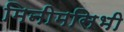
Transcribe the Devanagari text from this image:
मिनीमसिभी